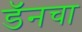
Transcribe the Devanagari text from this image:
डॅनचा